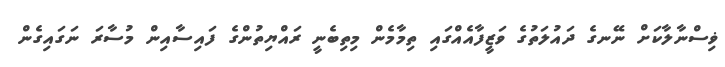
ޥިސްނާލާކަށް ނޭނގެ ދައުލަތުގެ ވަޒީފާއެއްގައި ތިމާމެން މިތިބެނީ ރައްޔިތުންގެ ފައިސާއިން މުސާރަ ނަގައިގެން